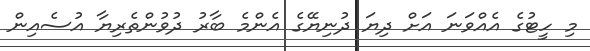
މި ހީޓުގެ އެއްވަނަ އަށް ދިޔަ ދުނިޔޭގެ އެންމެ ބާރު ދުވުންތެރިޔާ އުސެއިން